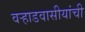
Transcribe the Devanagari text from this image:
वर्‍हाडवासीयांची